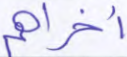
أخراهم